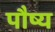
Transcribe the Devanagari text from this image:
पौष्य